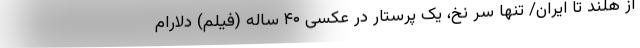
از هلند تا ایران/ تنها سر نخ، یک پرستار در عکسی ۴۰ ساله (فیلم) دلارام